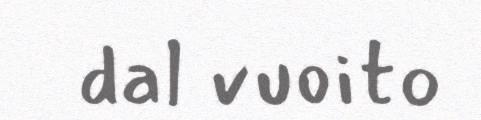
dal vuoito